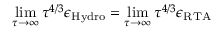
\operatorname* { l i m } _ { \tau \rightarrow \infty } \tau ^ { 4 / 3 } \epsilon _ { \mathrm { H y d r o } } = \operatorname* { l i m } _ { \tau \rightarrow \infty } \tau ^ { 4 / 3 } \epsilon _ { \mathrm { R T A } }